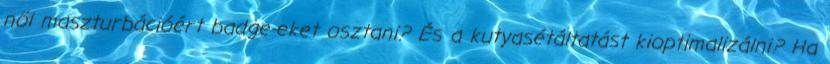
női maszturbációért badge-eket osztani? És a kutyasétáltatást kioptimalizálni? Ha